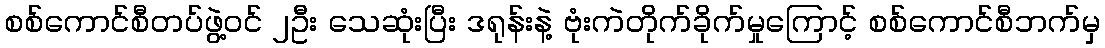
စစ်ကောင်စီတပ်ဖွဲ့ဝင် ၂ဦး သေဆုံးပြီး ဒရုန်းနဲ့ ဗုံးကဲတိုက်ခိုက်မှုကြောင့် စစ်ကောင်စီဘက်မှ